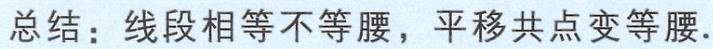
总结：线段相等不等腰，平移共点变等腰.